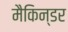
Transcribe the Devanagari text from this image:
मैकिन्डर